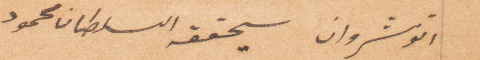
انوشروان سيحققه السلطان محمود